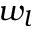
w _ { l }